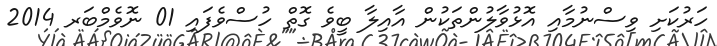
ހަރުކަށި ވިސްނުމާއި އޮޅުވާލުންތަކުން އާއިލާ ބީވެ ގޮތް ހުސްވެފައި 01 ނޮވެމްބަރ 2014